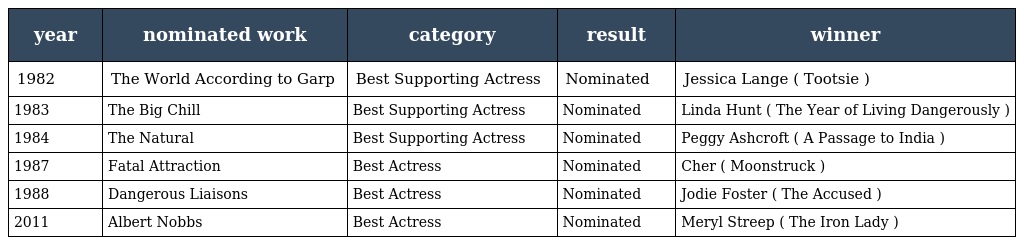
| year | nominated work | category | result | winner |
 | --- | --- | --- | --- | --- |
 | 1982 | The World According to Garp | Best Supporting Actress | Nominated | Jessica Lange ( Tootsie ) |
 | 1983 | The Big Chill | Best Supporting Actress | Nominated | Linda Hunt ( The Year of Living Dangerously ) |
 | 1984 | The Natural | Best Supporting Actress | Nominated | Peggy Ashcroft ( A Passage to India ) |
 | 1987 | Fatal Attraction | Best Actress | Nominated | Cher ( Moonstruck ) |
 | 1988 | Dangerous Liaisons | Best Actress | Nominated | Jodie Foster ( The Accused ) |
 | 2011 | Albert Nobbs | Best Actress | Nominated | Meryl Streep ( The Iron Lady ) |